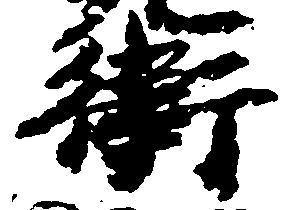
衛